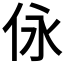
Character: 𠇟